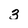
Character: 3